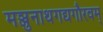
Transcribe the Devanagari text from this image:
मञ्जुनाथगद्यगौरवम्